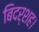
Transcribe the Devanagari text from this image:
बिदर्शह।